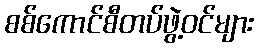
စစ်ကောင်စီတပ်ဖွဲ့ဝင်များ